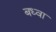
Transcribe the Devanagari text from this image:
बध्वा